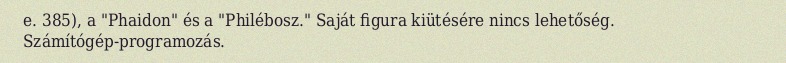
e. 385), a "Phaidon" és a "Philébosz." Saját figura kiütésére nincs lehetőség. Számítógép-programozás.